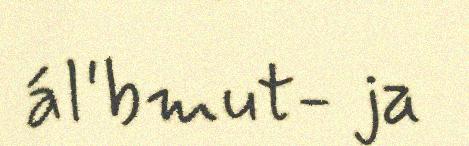
ál'bmut- ja